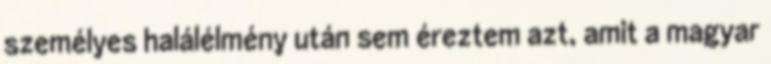
személyes halálélmény után sem éreztem azt, amit a magyar